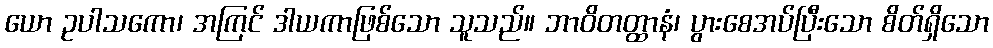
ယော ဥပါသကော၊ အကြင် ဒါယကာဖြစ်သော သူသည်။ ဘာဝိတတ္ထာနံ၊ ပွားစေအပ်ပြီးသော စိတ်ရှိသော